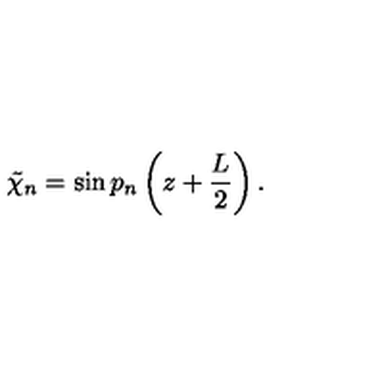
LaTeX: \tilde { \chi } _ { n } = \sin p _ { n } \left( z + \frac { L } { 2 } \right) .